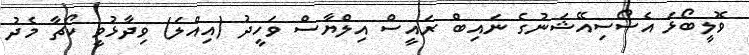
ވޮލީބޯޅަ އެސޯސިއޭޝަނުގެ ނައިބް ރައީސް އިލްޔާސް ވަހީދު (އިއްލަ) ވިދާޅުވީ ކޯޗާ މެދު